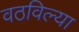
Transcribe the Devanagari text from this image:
वठविल्या